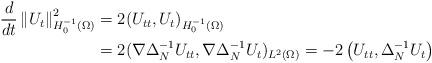
LaTeX: \begin{align*}\frac{d}{dt}\left\Vert U_{t}\right\Vert _{H_{0}^{-1}(\Omega)}^{2} &=2(U_{tt},U_{t})_{H_{0}^{-1}(\Omega)}\\& =2(\nabla\Delta_{N}^{-1}U_{tt},\nabla\Delta_{N}^{-1}U_{t})_{L^{2}(\Omega)}=-2\left( U_{tt},\Delta_{N}^{-1}U_{t}\right) \end{align*}